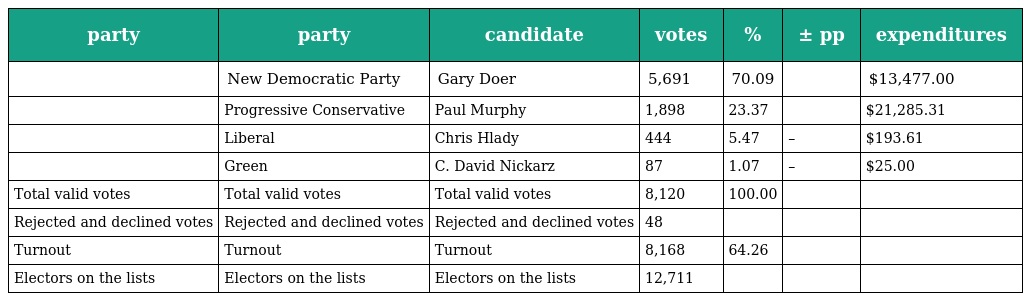
| party | party | candidate | votes | % | ± pp | expenditures |
 | --- | --- | --- | --- | --- | --- | --- |
 |  | New Democratic Party | Gary Doer | 5,691 | 70.09 |  | $13,477.00 |
 |  | Progressive Conservative | Paul Murphy | 1,898 | 23.37 |  | $21,285.31 |
 |  | Liberal | Chris Hlady | 444 | 5.47 | – | $193.61 |
 |  | Green | C. David Nickarz | 87 | 1.07 | – | $25.00 |
 | Total valid votes | Total valid votes | Total valid votes | 8,120 | 100.00 |  |  |
 | Rejected and declined votes | Rejected and declined votes | Rejected and declined votes | 48 |  |  |  |
 | Turnout | Turnout | Turnout | 8,168 | 64.26 |  |  |
 | Electors on the lists | Electors on the lists | Electors on the lists | 12,711 |  |  |  |